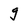
Character: g